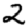
Digit: 2